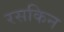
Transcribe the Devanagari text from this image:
रसकिन